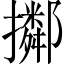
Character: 𢸜